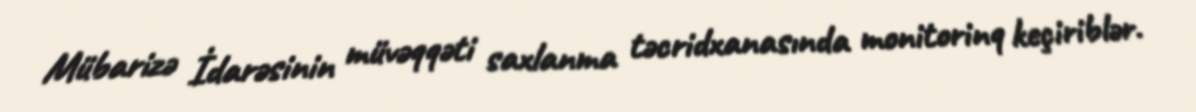
Mübarizə İdarəsinin müvəqqəti saxlanma təcridxanasında monitorinq keçiriblər.